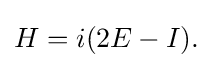
\displaystyle {H=i(2E-I).}